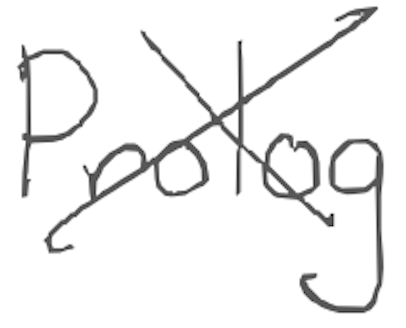
Text: Prolog
Cross-out: mix
Writing tool: digital_gray